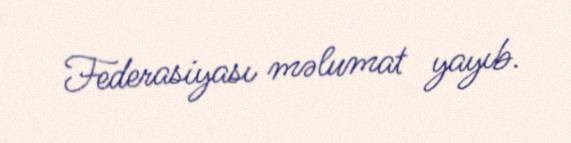
Federasiyası məlumat yayıb.